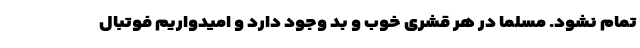
تمام نشود. مسلما در هر قشری خوب و بد وجود دارد و امیدواریم فوتبال